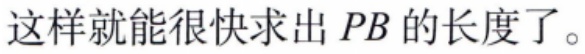
这样就能很快求出 \(PB\) 的长度了。